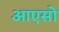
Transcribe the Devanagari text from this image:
आएसो